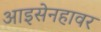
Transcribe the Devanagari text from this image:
आइसेनहावर